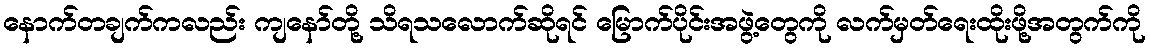
နောက်တချက်ကလည်း ကျနော်တို့ သိရသလောက်ဆိုရင် မြောက်ပိုင်းအဖွဲ့တွေကို လက်မှတ်ရေးထိုးဖို့အတွက်ကို